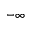
- \infty